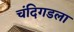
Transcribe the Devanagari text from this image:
चंदिगडला